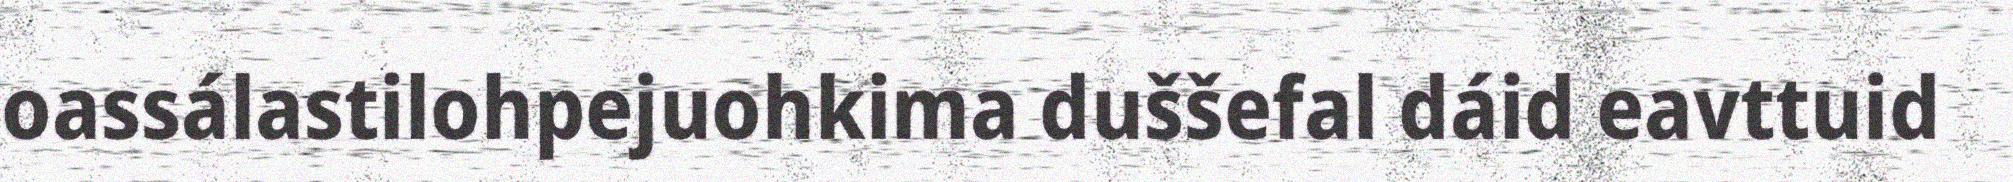
oassálastilohpejuohkima duššefal dáid eavttuid